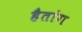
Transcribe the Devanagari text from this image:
हैतांग